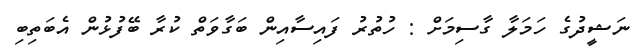
ނަޝީދުގެ ހަމަލާ ގާސިމަށް : ހުތުރު ފައިސާއިން ބަގާވަތް ކުރާ ބޭފުޅުން އެބަތިބި